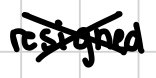
Text: resigned
Cross-out: mix
Writing tool: digital_black